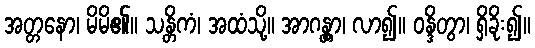
အတ္တနော၊ မိမိ၏။ သန္တိကံ၊ အထံသို့။ အာဂန္တွာ၊ လာ၍။ ဝန္ဒိတွာ၊ ရှိခိုး၍။